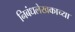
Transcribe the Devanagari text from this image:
निबंधलेखकाच्या